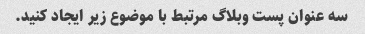
سه عنوان پست وبلاگ مرتبط با موضوع زیر ایجاد کنید.